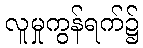
လူမှုကွန်ရက်၌